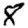
Digit: 8